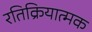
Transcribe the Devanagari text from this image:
रतिक्रियात्मक